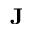
{ \bf J }